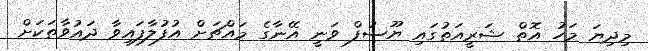
މިދިޔަ މަހު އޮތް ޝަރީއަތުގައި ޔޫސުފް ވަނީ އޭނާގެ މައްޗަށް އުފުލާފައިވާ ދައުވާތަކަށް